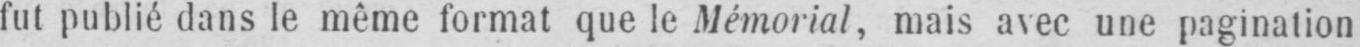
fut publié dans le même format que le Mémorial, mais avec une pagination